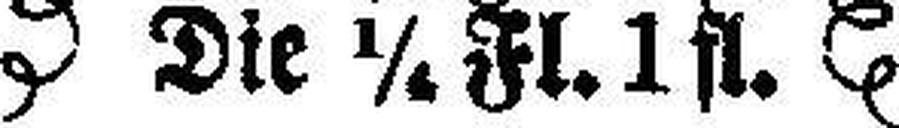
Die ¼ Fl. 1 fl.